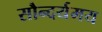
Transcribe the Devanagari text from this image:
सौन्दर्यमय